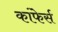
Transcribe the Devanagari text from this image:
कांफेर्स